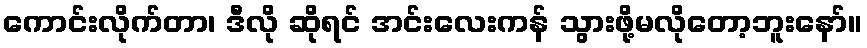
ကောင်းလိုက်တာ၊ ဒီလို ဆိုရင် အင်းလေးကန် သွားဖို့မလိုတော့ဘူးနော်။